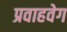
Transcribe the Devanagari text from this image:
प्रवाहवेग